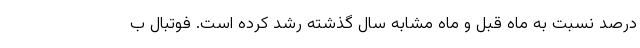
درصد نسبت به ماه قبل و ماه مشابه سال گذشته رشد کرده است. فوتبال ب